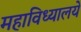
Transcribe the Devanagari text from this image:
महाविध्यालये